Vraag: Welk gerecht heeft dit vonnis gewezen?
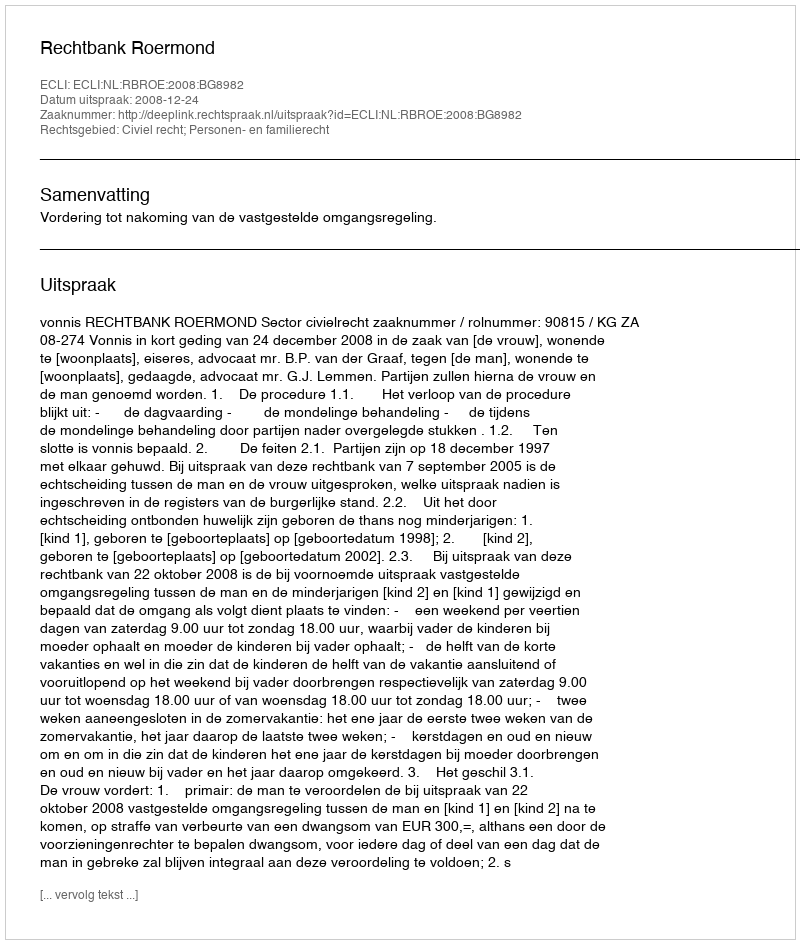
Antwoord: Rechtbank Roermond